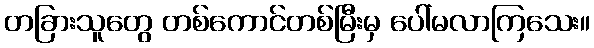
တခြားသူတွေ တစ်ကောင်တစ်မြီးမှ ပေါ်မလာကြသေး။